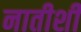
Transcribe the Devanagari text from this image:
नातीशी